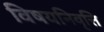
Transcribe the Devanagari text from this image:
विषयनिवृत्ति